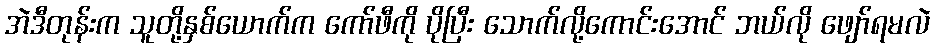
အဲဒီတုန်းက သူတို့နှစ်ယောက်က ကော်ဖီကို ပိုပြီး သောက်လို့ကောင်းအောင် ဘယ်လို ဖျော်ရမလဲ